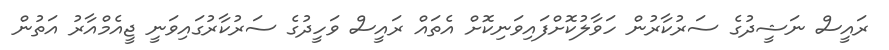
ރައީސް ނަޝީދުގެ ސަރުކާރުން ހަވާލުކޮށްފައިވަނިކޮށް އެތައް ރައީސް ވަހީދުގެ ސަރުކާރުގައިވަނީ ޖީއެމްއާރު އަތުން